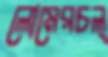
লোমেরচল্